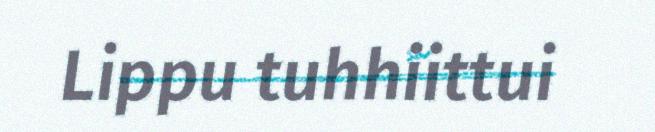
Lippu tuhhiittui